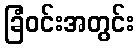
ခြံဝင်းအတွင်း